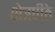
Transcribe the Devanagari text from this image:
क्षेत्रपीठे